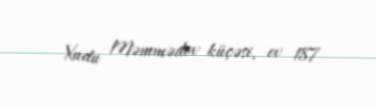
Xudu Məmmədov küçəsi, ev 187